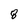
Character: 8